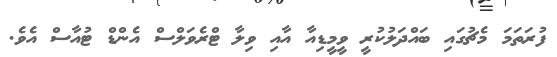
ފުރަތަމަ މެޗުގައި ބައްދަލުކުރީ ވީމީޑިއާ އާއި ވިލާ ޓްރެވަލްސް އެންޑް ޓުއާސް އެވެ.